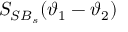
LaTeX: S _ { S B _ { s } } ( \vartheta _ { 1 } - \vartheta _ { 2 } )